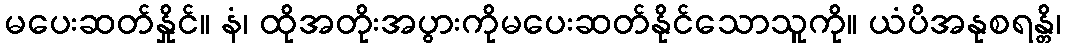
မပေးဆတ်နှိုင်။ နံ၊ ထိုအတိုးအပွားကိုမပေးဆတ်နိုင်သောသူကို။ ယံပိအနုစရန္တိ၊